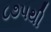
૮૭૫થી